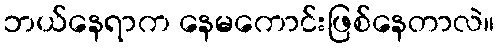
ဘယ်နေရာက နေမကောင်းဖြစ်နေတာလဲ။